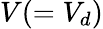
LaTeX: V(=V_{d})